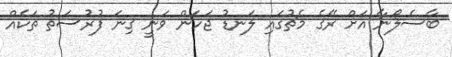
ބާސެލޯނާ އަށް ރޭގެ މެޗުގައި ލަނޑު ޖަހަން ވަނީ ގިނަ ފުރުސަތު ތަކެއް